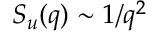
S _ { u } ( q ) \sim 1 / q ^ { 2 }